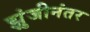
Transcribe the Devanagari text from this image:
झुंजीनंतर